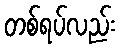
တစ်ရပ်လည်း